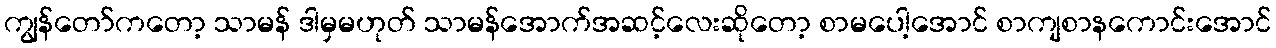
ကျွန်တော်ကတော့ သာမန် ဒါမှမဟုတ် သာမန်အောက်အဆင့်လေးဆိုတော့ စာမပေါ့အောင် စာကျစာနကောင်းအောင်